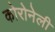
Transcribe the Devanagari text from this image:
कोरोनेली